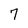
Character: 7